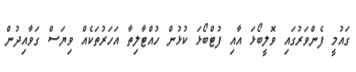
ގައުމީ ފެންވަރުގައި ވޮލީބޯޅަ އާއި ފުޓްބޯޅަ ކުޅުން ހުއްޓާލިތާ އަހަރުތަކެއް ވިޔަސް ގަވާއިދުން